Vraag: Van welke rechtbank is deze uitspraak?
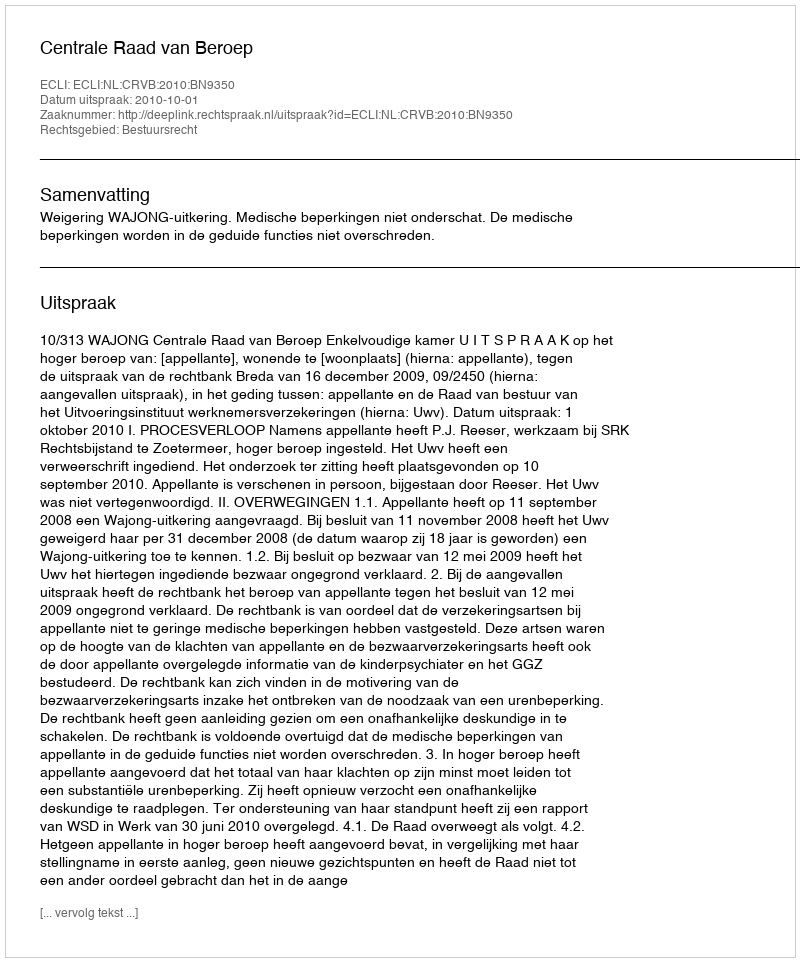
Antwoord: Centrale Raad van Beroep